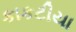
કાકટીયા